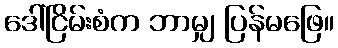
ဒေါ်ငြိမ်းစံက ဘာမျှ ပြန်မဖြေ။